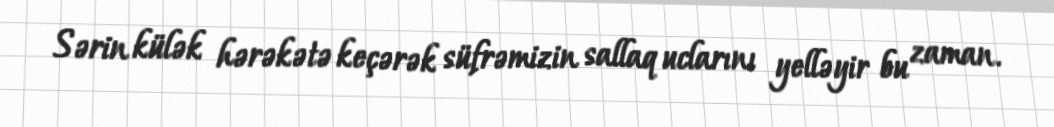
Sərin külək hərəkətə keçərək süfrəmizin sallaq uclarını yelləyir bu zaman.